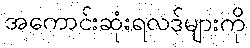
အကောင်းဆုံးရလဒ်များကို